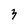
Character: 3